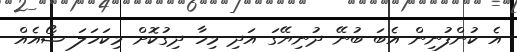
އެ ކުންފުނިން އެބަ ބުނޭ ދުނިޔޭގަ އަދި މިހާ ދިގުކޮށް މިކަހަލަ ޝޯއެއް